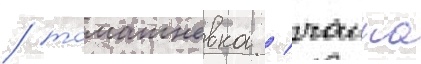
/ томашевка / чаика